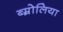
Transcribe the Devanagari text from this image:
ब्म्रोलिया